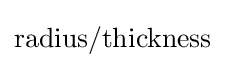
{\text{radius}}/{\text{thickness}}